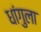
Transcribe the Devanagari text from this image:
धांगुला